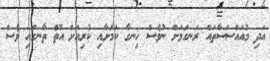
އަދި މުއައްސަސާތައް ރަނގަޅަށް ނުވެސް ހިނގާ ކަމަށާއި ކުރިއަށް އޮތް ތާނގައި ވެސް